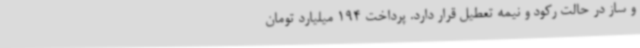
و ساز در حالت رکود و نیمه تعطیل قرار دارد. پرداخت 194 میلیارد تومان